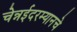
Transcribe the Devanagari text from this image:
चेन्नईदरम्यानचे